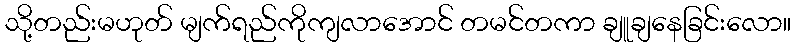
သို့တည်းမဟုတ် မျက်ရည်ကိုကျလာအောင် တမင်တကာ ချူချနေခြင်းလော။